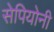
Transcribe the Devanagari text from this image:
सेपियोनी